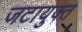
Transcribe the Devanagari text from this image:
जटायुक्त